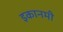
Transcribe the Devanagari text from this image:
इकानमी